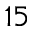
^ { 1 5 }